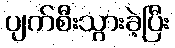
ပျက်စီးသွားခဲ့ပြီး